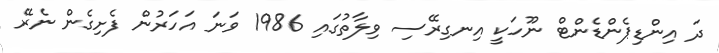
ދަ އިންޑިޕެންޑެންޓް ނޫހަކީ އިނގިރޭސި ވިލާތުގައި 1986 ވަނަ އަހަރުން ފެށިގެން ނެރޭ